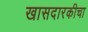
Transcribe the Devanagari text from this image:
खासदारकीचा